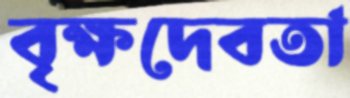
বৃক্ষদেবতা